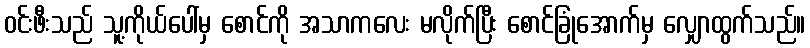
ဝင်းဖီးသည် သူ့ကိုယ်ပေါ်မှ စောင်ကို အသာကလေး မလိုက်ပြီး စောင်ခြုံအောက်မှ လျှောထွက်သည်။